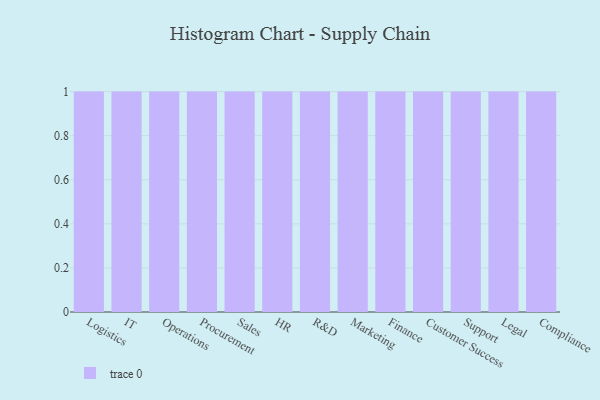
{"axis": {"x": "Department", "y": "Energy Usage (MWh)"}, "legend": [""], "data": [{"x": "Logistics", "y": 6, "type": ""}, {"x": "IT", "y": 46, "type": ""}, {"x": "Operations", "y": 82, "type": ""}, {"x": "Procurement", "y": 82, "type": ""}, {"x": "Sales", "y": 96, "type": ""}, {"x": "HR", "y": 18, "type": ""}, {"x": "R&D", "y": 48, "type": ""}, {"x": "Marketing", "y": 94, "type": ""}, {"x": "Finance", "y": 13, "type": ""}, {"x": "Customer Success", "y": 58, "type": ""}, {"x": "Support", "y": 77, "type": ""}, {"x": "Legal", "y": 33, "type": ""}, {"x": "Compliance", "y": 49, "type": ""}]}